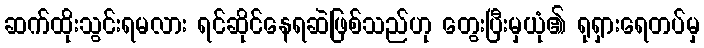
ဆက်ထိုးသွင်းရမလား ရင်ဆိုင်နေရဆဲဖြစ်သည်ဟု တွေးပြီးမှယုံ၏ ရုရှားရေတပ်မှ